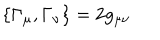
LaTeX: \left\{ \Gamma _ { \mu } , \Gamma _ { \nu } \right\} = 2 g _ { \mu \nu }